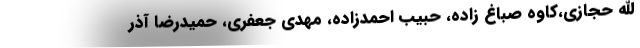
الله حجازی،کاوه صباغ زاده، حبیب احمدزاده، مهدی جعفری، حمیدرضا آذر